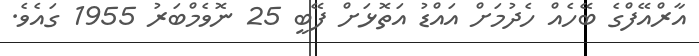
އާރްއޭފްގެ ބޭހެއް ހެދުމަށް އައްޑު އަތޮޅަށް ފޭބީ 25 ނޮވެމްބަރު 1955 ގައެވެ.